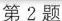
第2题